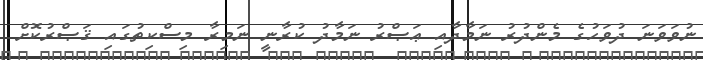
ނުވަވަނަ ދުވަހުގެ މެންދުރު ނަމާދާއި ޢަޞްރު ނަމާދު ކުރާނީ ނަމިރާ މިސްކިތުގައި ޤަޞްރުކޮށް